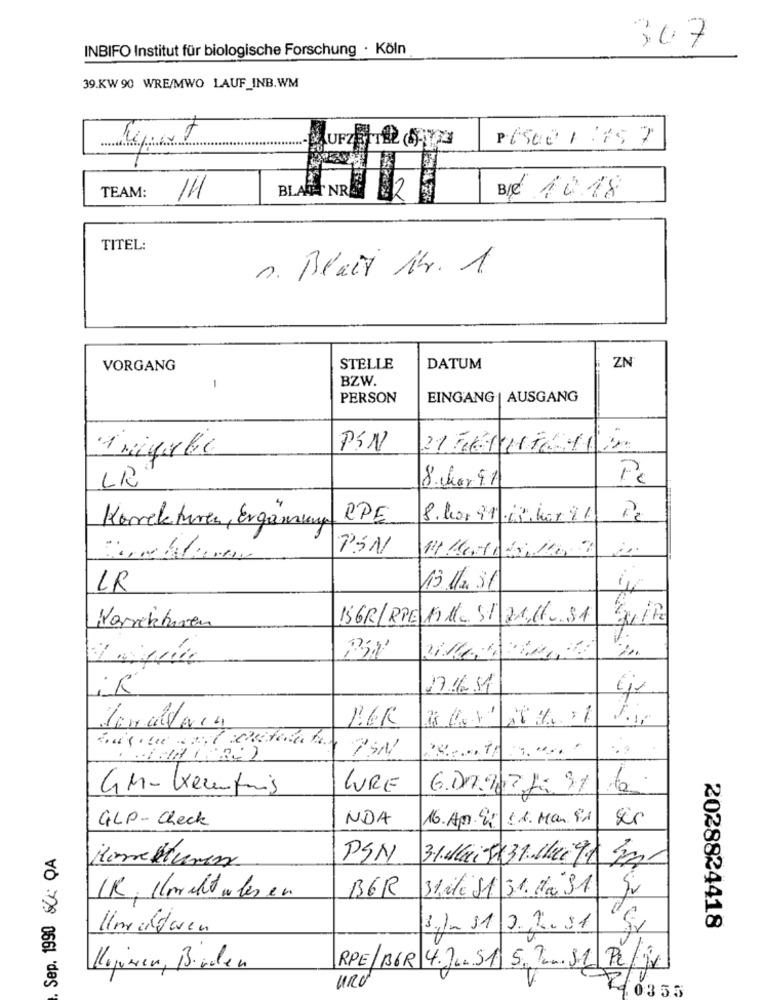
INBIFO Institut für biologische Forschung · Köln
307
39.KW 90 WRE/MWO LAUF_INB.WM
P.650012757
Report
UFZEITEL SATY23
TEAM:
BLANENR$2
Be 1018
TITEL:
1. Blait Nr. 1
VORGANG
STELLE
DATUM
ZN
BZW.
1
PERSON
EINGANG | AUSGANG
PIN
8. char. 9.1
Pc
LR
RPE
8.kor 91-18.har 91
Korrekturen, Ergänzung
PSN
LR
13.112.3t
ISGR/RPE 19M.ST21.H.SA
Korrekturen
iR
17.16.11
GM- Werfung
LURE
G.DA.967,1 91
GLP-Check
NDA
16. Apr. 4 .1. Man 91
sir
Sep. 1990 &Ck QA
Homekturen
PSN
3-16: 5831. Muige mm
B6R
31ile 11 31. da SA
IR, Klorchowles en
Umelderen
1 1- 11 2.2.31
2028824418
Kujimen, Birden
RPE/BOR 4.JUST 5.T.S.1 Pc jv
URU
£10355